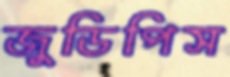
জুডিপিস